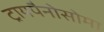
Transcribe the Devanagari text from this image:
ट्रायपैनोसोमा